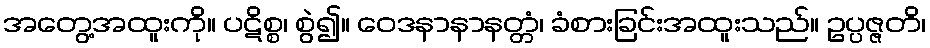
အတွေ့အထူးကို။ ပဋိစ္စ၊ စွဲ၍။ ဝေဒနာနာနတ္တံ၊ ခံစားခြင်းအထူးသည်။ ဥပ္ပဇ္ဇတိ၊